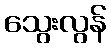
သွေးလွန်